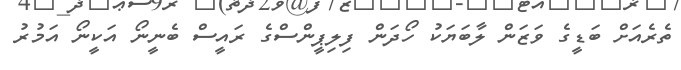
ތެރެއަށް ބަޑީގެ ވަޒަން ލާބަޔަކު ހޯދަން ފިލިޕީންސްގެ ރައީސް ބެނީނޯ އަކީނޯ އަމުރު